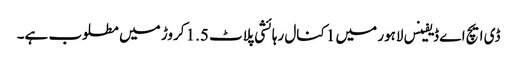
ڈی ایچ اے ڈیفینس لاہور میں 1 کنال رہائشی پلاٹ 1.5 کروڑ میں مطلوب ہے۔